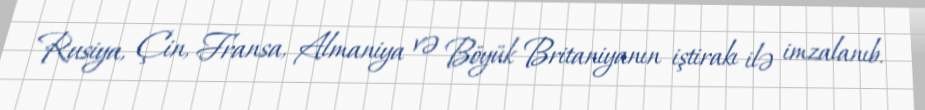
Rusiya, Çin, Fransa, Almaniya və Böyük Britaniyanın iştirakı ilə imzalanıb.